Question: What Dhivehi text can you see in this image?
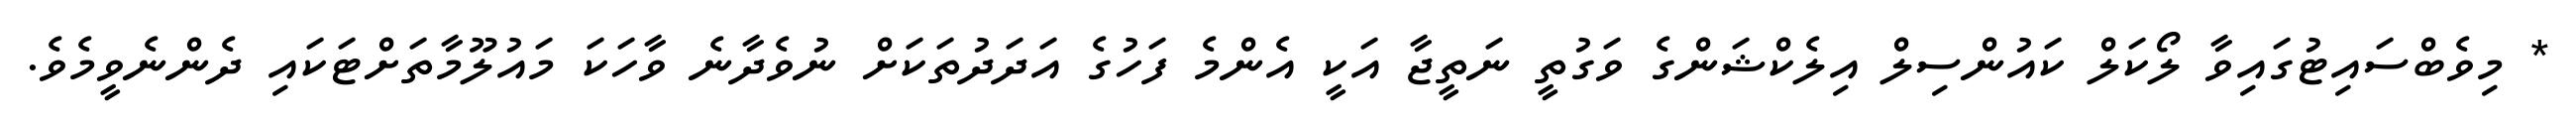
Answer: * މިވެބްސައިޓުގައިވާ ލޯކަލް ކައުންސިލް އިލެކްޝަންގެ ވަގުތީ ނަތީޖާ އަކީ އެންމެ ފަހުގެ އަދަދުތަކަށް ނުވެދާނެ ވާހަކަ މައުލޫމާތަށްޓަކައި ދެންނެވީމެވެ.